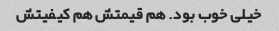
خیلی خوب بود. هم قیمتش هم کیفیتش